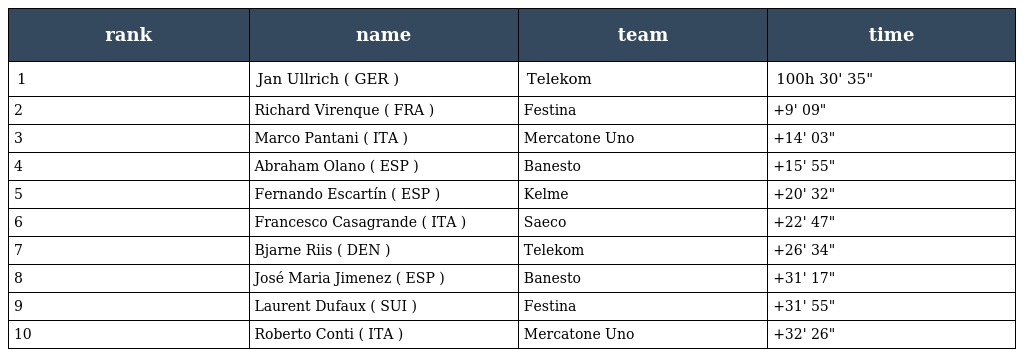
| rank | name | team | time |
 | --- | --- | --- | --- |
 | 1 | Jan Ullrich ( GER ) | Telekom | 100h 30' 35" |
 | 2 | Richard Virenque ( FRA ) | Festina | +9' 09" |
 | 3 | Marco Pantani ( ITA ) | Mercatone Uno | +14' 03" |
 | 4 | Abraham Olano ( ESP ) | Banesto | +15' 55" |
 | 5 | Fernando Escartín ( ESP ) | Kelme | +20' 32" |
 | 6 | Francesco Casagrande ( ITA ) | Saeco | +22' 47" |
 | 7 | Bjarne Riis ( DEN ) | Telekom | +26' 34" |
 | 8 | José Maria Jimenez ( ESP ) | Banesto | +31' 17" |
 | 9 | Laurent Dufaux ( SUI ) | Festina | +31' 55" |
 | 10 | Roberto Conti ( ITA ) | Mercatone Uno | +32' 26" |